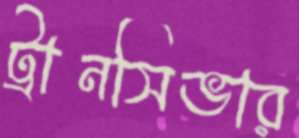
ট্রানসিভার